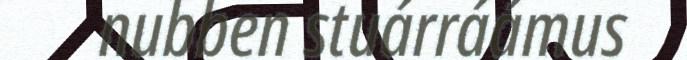
nubben stuárráámus